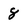
Character: 8